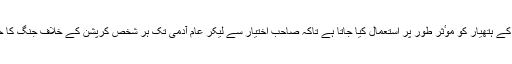
ڈائریکٹر جنرل نیب نے کہا کہ سیکشن 33سی نیو کے تحت آگاہی کے ہتھیار کو موٴثر طور پر استعمال کیا جاتا ہے تاکہ صاحب اختیار سے لیکر عام آدمی تک ہر شخص کرپشن کے خلاف جنگ کا حصہ بنے اور معاشرے سے بے حس رویوں کا خاتمہ کیا جاسکے۔